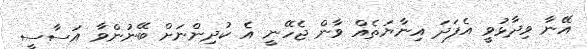
އޭނާ ވިދާޅުވީ އެފަދަ އިނާޔަތެއް ވާން ޖެހޭނީ އެ ކުދިންނަށް ބޭނުންވާ އަސާސީ